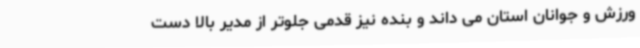
ورزش و جوانان استان می داند و بنده نیز قدمی جلوتر از مدیر بالا دست